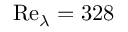
\mathrm { R e } _ { \lambda } = 3 2 8